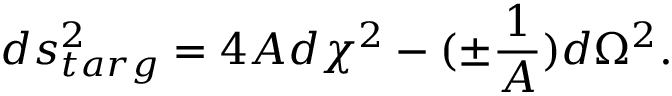
d s _ { t a r g } ^ { 2 } = 4 A d \chi ^ { 2 } - ( \pm { \frac { 1 } { A } } ) d \Omega ^ { 2 } .